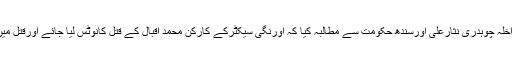
رابطہ کمیٹی نے وزیراعظم پاکستان میاں محمدنوازشریف،وفاقی وزیرداخلہ چوہدری نثارعلی اورسندھ حکومت سے مطالبہ کیا کہ اورنگی سیکٹرکے کارکن محمد اقبال کے قتل کانوٹس لیا جائے اورقتل میں ملوث دہشت گردوں کوگرفتار کرکے قانون کے مطابق سزادی جائے۔